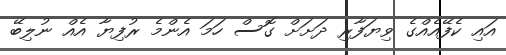
އައި ކެފޭއެއްގެ ވިޔަފާރި ދަށަށް ގޮސް ހަމަ އެންމެ ރުފިޔާ އެއްް ނުލިބޭ